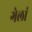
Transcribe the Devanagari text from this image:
गेलां